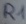
Text: R1